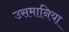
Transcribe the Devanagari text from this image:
उसमानिया